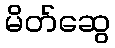
မိတ်ဆွေ